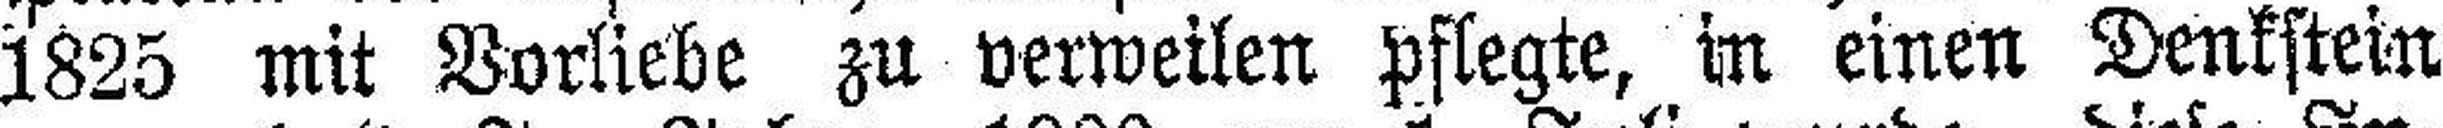
1825 mit Vorliebe zu verweilen pflegte, in einen Denkstein